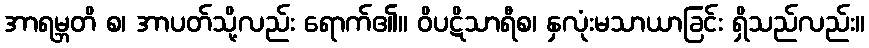
အာရမ္ဘတိ စ၊ အာပတ်သို့လည်း ရောက်၏။ ဝိပဋိသာရီစ၊ နှလုံးမသာယာခြင်း ရှိသည်လည်း။